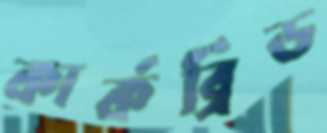
কার্কব্রিড